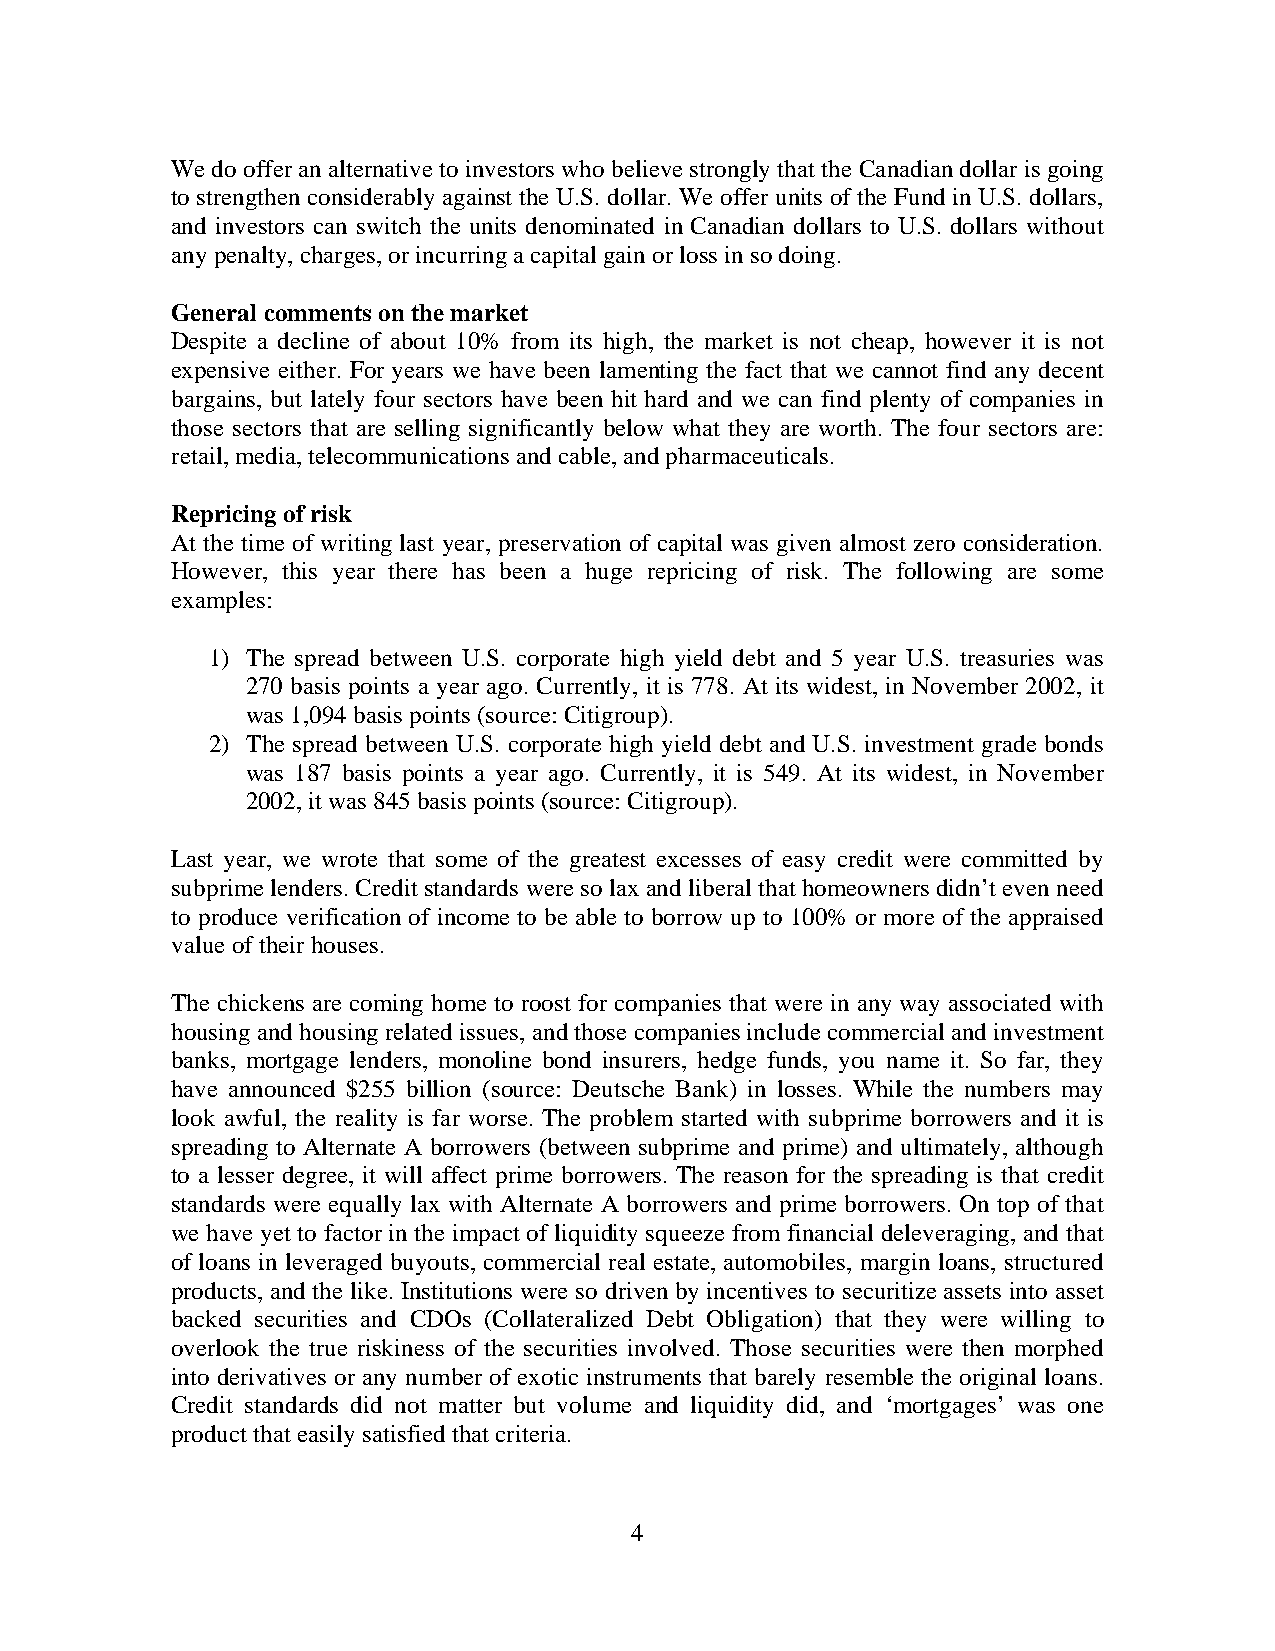
We do offer an alternative to investors who believe strongly that the Canadian dollar is going
 to strengthen considerably against the U.S. dollar. We offer units of the Fund in U.S. dollars,
 and investors can switch the units denominated in Canadian dollars to U.S. dollars without
 any penalty, charges, or incurring a capital gain or loss in so doing.
 General comments on the market
 Despite a decline of about 10% from its high, the market is not cheap, however it is not
 expensive either. For years we have been lamenting the fact that we cannot find any decent
 bargains, but lately four sectors have been hit hard and we can find plenty of companies in
 those sectors that are selling significantly below what they are worth. The four sectors are:
 retail, media, telecommunications and cable, and pharmaceuticals.
 Repricing of risk
 At the time of writing last year, preservation of capital was given almost zero consideration.
 However, this year there has been a huge repricing of risk. The following are some
 examples:
 1) The spread between U.S. corporate high yield debt and 5 year U.S. treasuries was
 270 basis points a year ago. Currently, it is 778. At its widest, in November 2002, it
 was 1,094 basis points (source: Citigroup).
 2) The spread between U.S. corporate high yield debt and U.S. investment grade bonds
 was 187 basis points a year ago. Currently, it is 549. At its widest, in November
 2002, it was 845 basis points (source: Citigroup).
 Last year, we wrote that some of the greatest excesses of easy credit were committed by
 subprime lenders. Credit standards were so lax and liberal that homeowners didn’t even need
 to produce verification of income to be able to borrow up to 100% or more of the appraised
 value of their houses.
 The chickens are coming home to roost for companies that were in any way associated with
 housing and housing related issues, and those companies include commercial and investment
 banks, mortgage lenders, monoline bond insurers, hedge funds, you name it. So far, they
 have announced $255 billion (source: Deutsche Bank) in losses. While the numbers may
 look awful, the reality is far worse. The problem started with subprime borrowers and it is
 spreading to Alternate A borrowers (between subprime and prime) and ultimately, although
 to a lesser degree, it will affect prime borrowers. The reason for the spreading is that credit
 standards were equally lax with Alternate A borrowers and prime borrowers. On top of that
 we have yet to factor in the impact of liquidity squeeze from financial deleveraging, and that
 of loans in leveraged buyouts, commercial real estate, automobiles, margin loans, structured
 products, and the like. Institutions were so driven by incentives to securitize assets into asset
 backed securities and CDOs (Collateralized Debt Obligation) that they were willing to
 overlook the true riskiness of the securities involved. Those securities were then morphed
 into derivatives or any number of exotic instruments that barely resemble the original loans.
 Credit standards did not matter but volume and liquidity did, and ‘mortgages’ was one
 product that easily satisfied that criteria.
 4